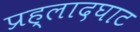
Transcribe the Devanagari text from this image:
प्रह्लादघाट